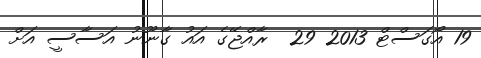
19 އޯގަސްޓް 2013 29  ރާއްޖޭގެ އައު ގާނޫނު އަސާސީ އަށް